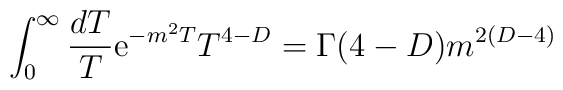
\int_0^{\infty}{dT\over T}{\rm e}^{-m^2 T}T^{4-D}= \Gamma(4-D)m^{2(D-4)}